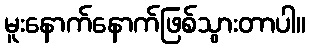
မူးနောက်နောက်ဖြစ်သွားတာပါ။